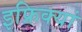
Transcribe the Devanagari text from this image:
इफ्रिक्यां